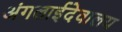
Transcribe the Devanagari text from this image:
अंगलाईदेवालय